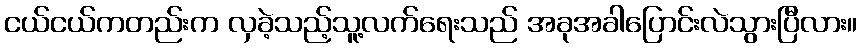
ငယ်ငယ်ကတည်းက လှခဲ့သည့်သူ့လက်ရေးသည် အခုအခါပြောင်းလဲသွားပြီလား။